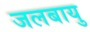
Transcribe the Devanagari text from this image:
जलबायु